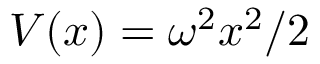
V ( x ) = \omega ^ { 2 } x ^ { 2 } / 2